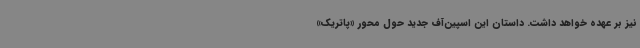
نیز بر عهده خواهد داشت. داستان این اسپین‌آف جدید حول محور «پاتریک»